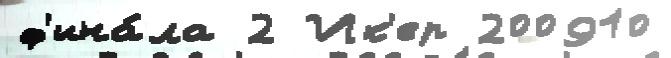
ф'ина́ла 2 Ик'ер 200910